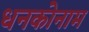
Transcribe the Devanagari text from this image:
धनकोनाम